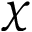
\chi